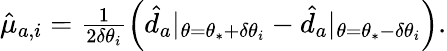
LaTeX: \begin{array}{r}{\hat{\mu}_{a,i}=\frac{1}{2\delta\theta_{i}}\Big(\hat{d}_{a}|_{\theta=\theta_{*}+\delta\theta_{i}}-\hat{d}_{a}|_{\theta=\theta_{*}-\delta\theta_{i}}\Big).}\end{array}